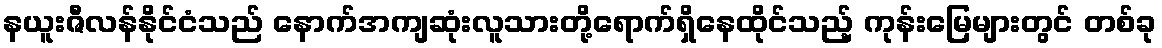
နယူးဇီလန်နိုင်ငံသည် နောက်အကျဆုံးလူသားတို့ရောက်ရှိနေထိုင်သည့် ကုန်းမြေများတွင် တစ်ခု